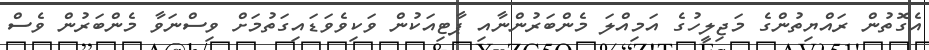
އެގޮތުން ރައްޔިތުންގެ މަޖިލީހުގެ އަމިއްލަ މެންބަރުންނާއި ޕާޓިއަކުން ވަކިވެވަޑައިގަތުމަށް ވިސްނަވާ މެންބަރުން ވެސް